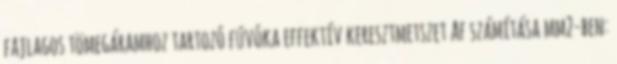
fajlagos tömegáramhoz tartozó fúvóka effektív keresztmetszet Af számítása mm2-ben: